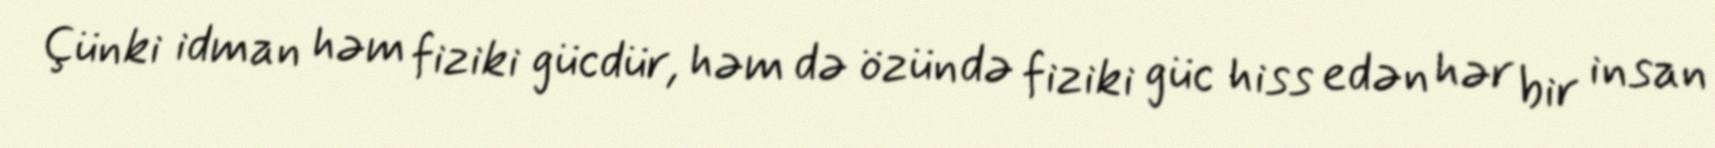
Çünki idman həm fiziki gücdür, həm də özündə fiziki güc hiss edən hər bir insan